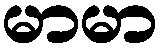
မာမာ